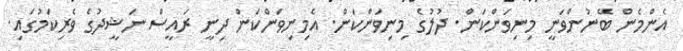
އެންމެން ބޭނުންވަނީ މިނިވަންކަން. ދުލުގެ މިނިވަންކަން. އެމިނިވަންކަން ދިނީ ރައީސް ނަޝީދުގެ ވެރިކަމުގައި.